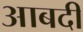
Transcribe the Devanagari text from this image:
आबदी